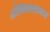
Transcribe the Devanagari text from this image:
औनिकालामस